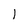
Character: I